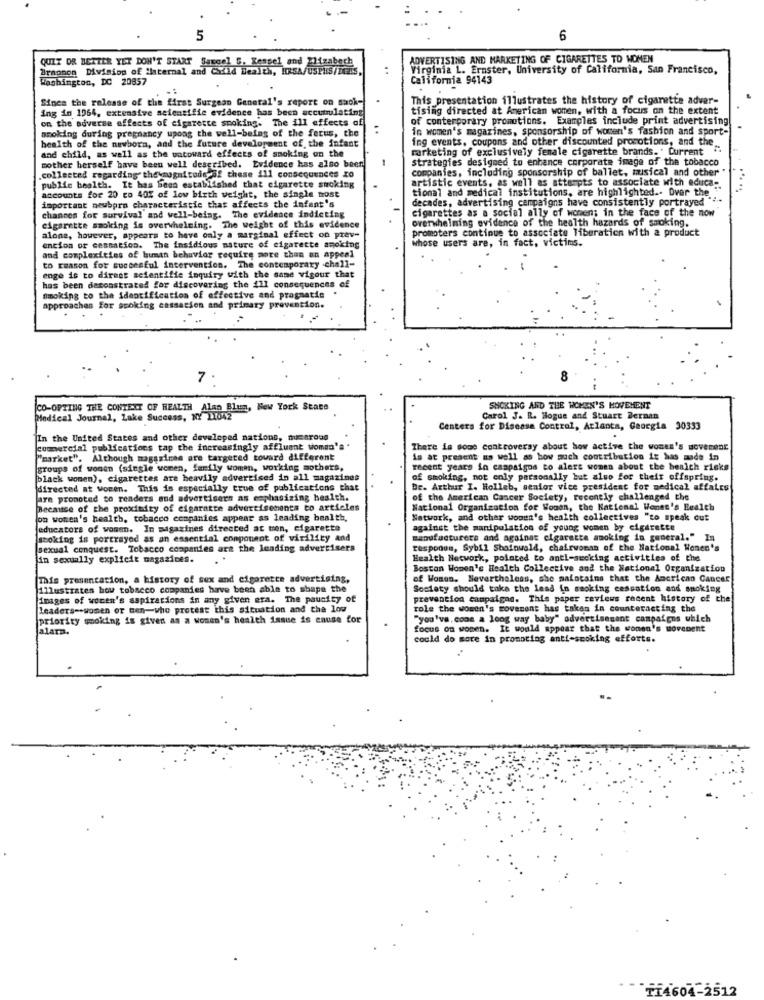
5
6
ADVERTISING AND MARKETING OF CIGARETTES TO WOMEN
Brnonon Division of ilaternal and Child Health, HRSA/Usi
QUIT OR BETTER YET DON'T START Samael S. Respel and
Mitzabe
Virginia L. Ernster, University of California, San Francisco,
Washington, DC 20857
California 94143
Since the release of the first Surgeon General's report on suok-
This presentation illustrates the history of cigarette adver-
ing in 1964, extensive scientific evidence has been accumulating
tising directed at American women, with a focus on the extent
on the adverse effects of cigarette smoking. The ill effects of
of contemporary promotions. Examples include print advertising
smoking during pregnancy upoag the well-being of the ferus, the
in women's magazines, sponsorship of women's fashion and sport-
health of the newborn, and the future development of the infant
ing events, coupons and other discounted promotions, and the
and child, as well as the untoward effects of smoking on the
marketing of exclusively female cigarette brands. . Current
strategies designed to enhance corporate image of the tobacco
mother herself have been well described. Evidence has also been
companies, including sponsorship of ballet, musical and other
collected regarding the magnitude of these ill consequences xo
artistic events, as well as attempts to associate with educa-
public health. It has been established that cigarette smoking
tional and medical institutions, are highlighted .- Over the
accounts for 20 co 40% of low birth weight, the single most
decades, advertising campaigns have consistently portrayed
important neubprn characteristic that affects the infant's
cigarettes as a social ally of women; in the face of the now
chances for survival and well-being. The evidence indicting
overwhelming evidence of the health hazards of smoking.
cigarette smoking is overwhelming. The weight of this evidence
promoters continue to associate liberation with a product
alone, however, appears to have only a marginal effect on prev-
Whose users are, in fact, victims.
encion or cessation. The insidious nature of cigarette smoking
and complexities of human behavior require more than an appeal
to reason for succesful intervention. The contemporary .chall-
enge is to direct scientific inquiry with the same vigour that
has been demonstrated for discovering the 111 consequences of
Smoking to the identification of effective and pragmatis
approaches for scoking cassation and primary prevention.
7
8
CO-OPTING THE CONTENT OF HEALTH Alan Blum, New York State
SMOKING AND THE WOMEN'S MOVEMENT
Medical Journal, Lake Success, NY 11042
Carol J. R. Hogue and Stuart Derman
Centers for Disease Control, Atlanta, Georgia 90333
In the United States and other developed nations, menross
commercial publications tap the increasingly affluent women's .
There is some controversy about how active the women's dovecent
"market". Although magazines are targeted toward different
is at present as well so bow much contribution it has made in
groups of women (single women, family women, working mothers,
recent years in campaigns to alert women about the health risks
black women), cigarettes are heavily advertised in all magazines
king, not only personally but also for their offspring.
directed at woren. This is especially true of publications that
Dr. Arthur I. Holleb, senior vice president for medical affairs
are promoted to readers and advertisers as emphasizing health.
of the American Cancer Society, recently challenged the
Because of the proximity of cigaratte advertisements to articles
National Organization for Women, the Katienal Women's Bealch
on women's health, tobacco ccapanies appear as leading health,
Network, and other women's health collectives "to speak cut
educators of women. In magazines directed at tren, cigarette
against the manipulation of young women by cigarette
stoking is portrayed as an essential component of virility and
manufacturers and against cigarette smoking in general." 1
sexual conquest. Tobacco companies art the leading advertisers
responum, Sybil Sbainwald, chairwoman of the National Wonen's
in sexually explicit magazines.
Health Network, pointed to antl-sucking activities of the
Boston Women's Health Collective and the National Organization
This presentation, a history of sex and cigarette advertising,
of Women. Nevertheless, she malotains that the American Cancer
illustrates how tobacco companies have been able to shape the
Society should take the lead in smoking cessation and smoking
images of women's aspirations in any given era. The paucity of
preventica campaigns. This paper reviews recent history of the
Leaders -- women or ten-who protest this situation and the low
role the women's movement has taken in counteracting the
priority mooking is given as a women's health issue is cause for
"you've. cons a long way baby" advertisesent campaigns which
alarm.
focus on women. It would appear that the women's movement
could do more in promoting anti-scoking efforts.
FF4604-2512